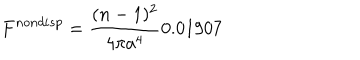
F ^ { n o n d i s p } = \frac { ( n - 1 ) ^ { 2 } } { 4 \pi a ^ { 4 } } 0 . 0 1 9 0 7